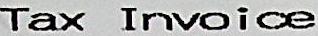
TAX INVOICE